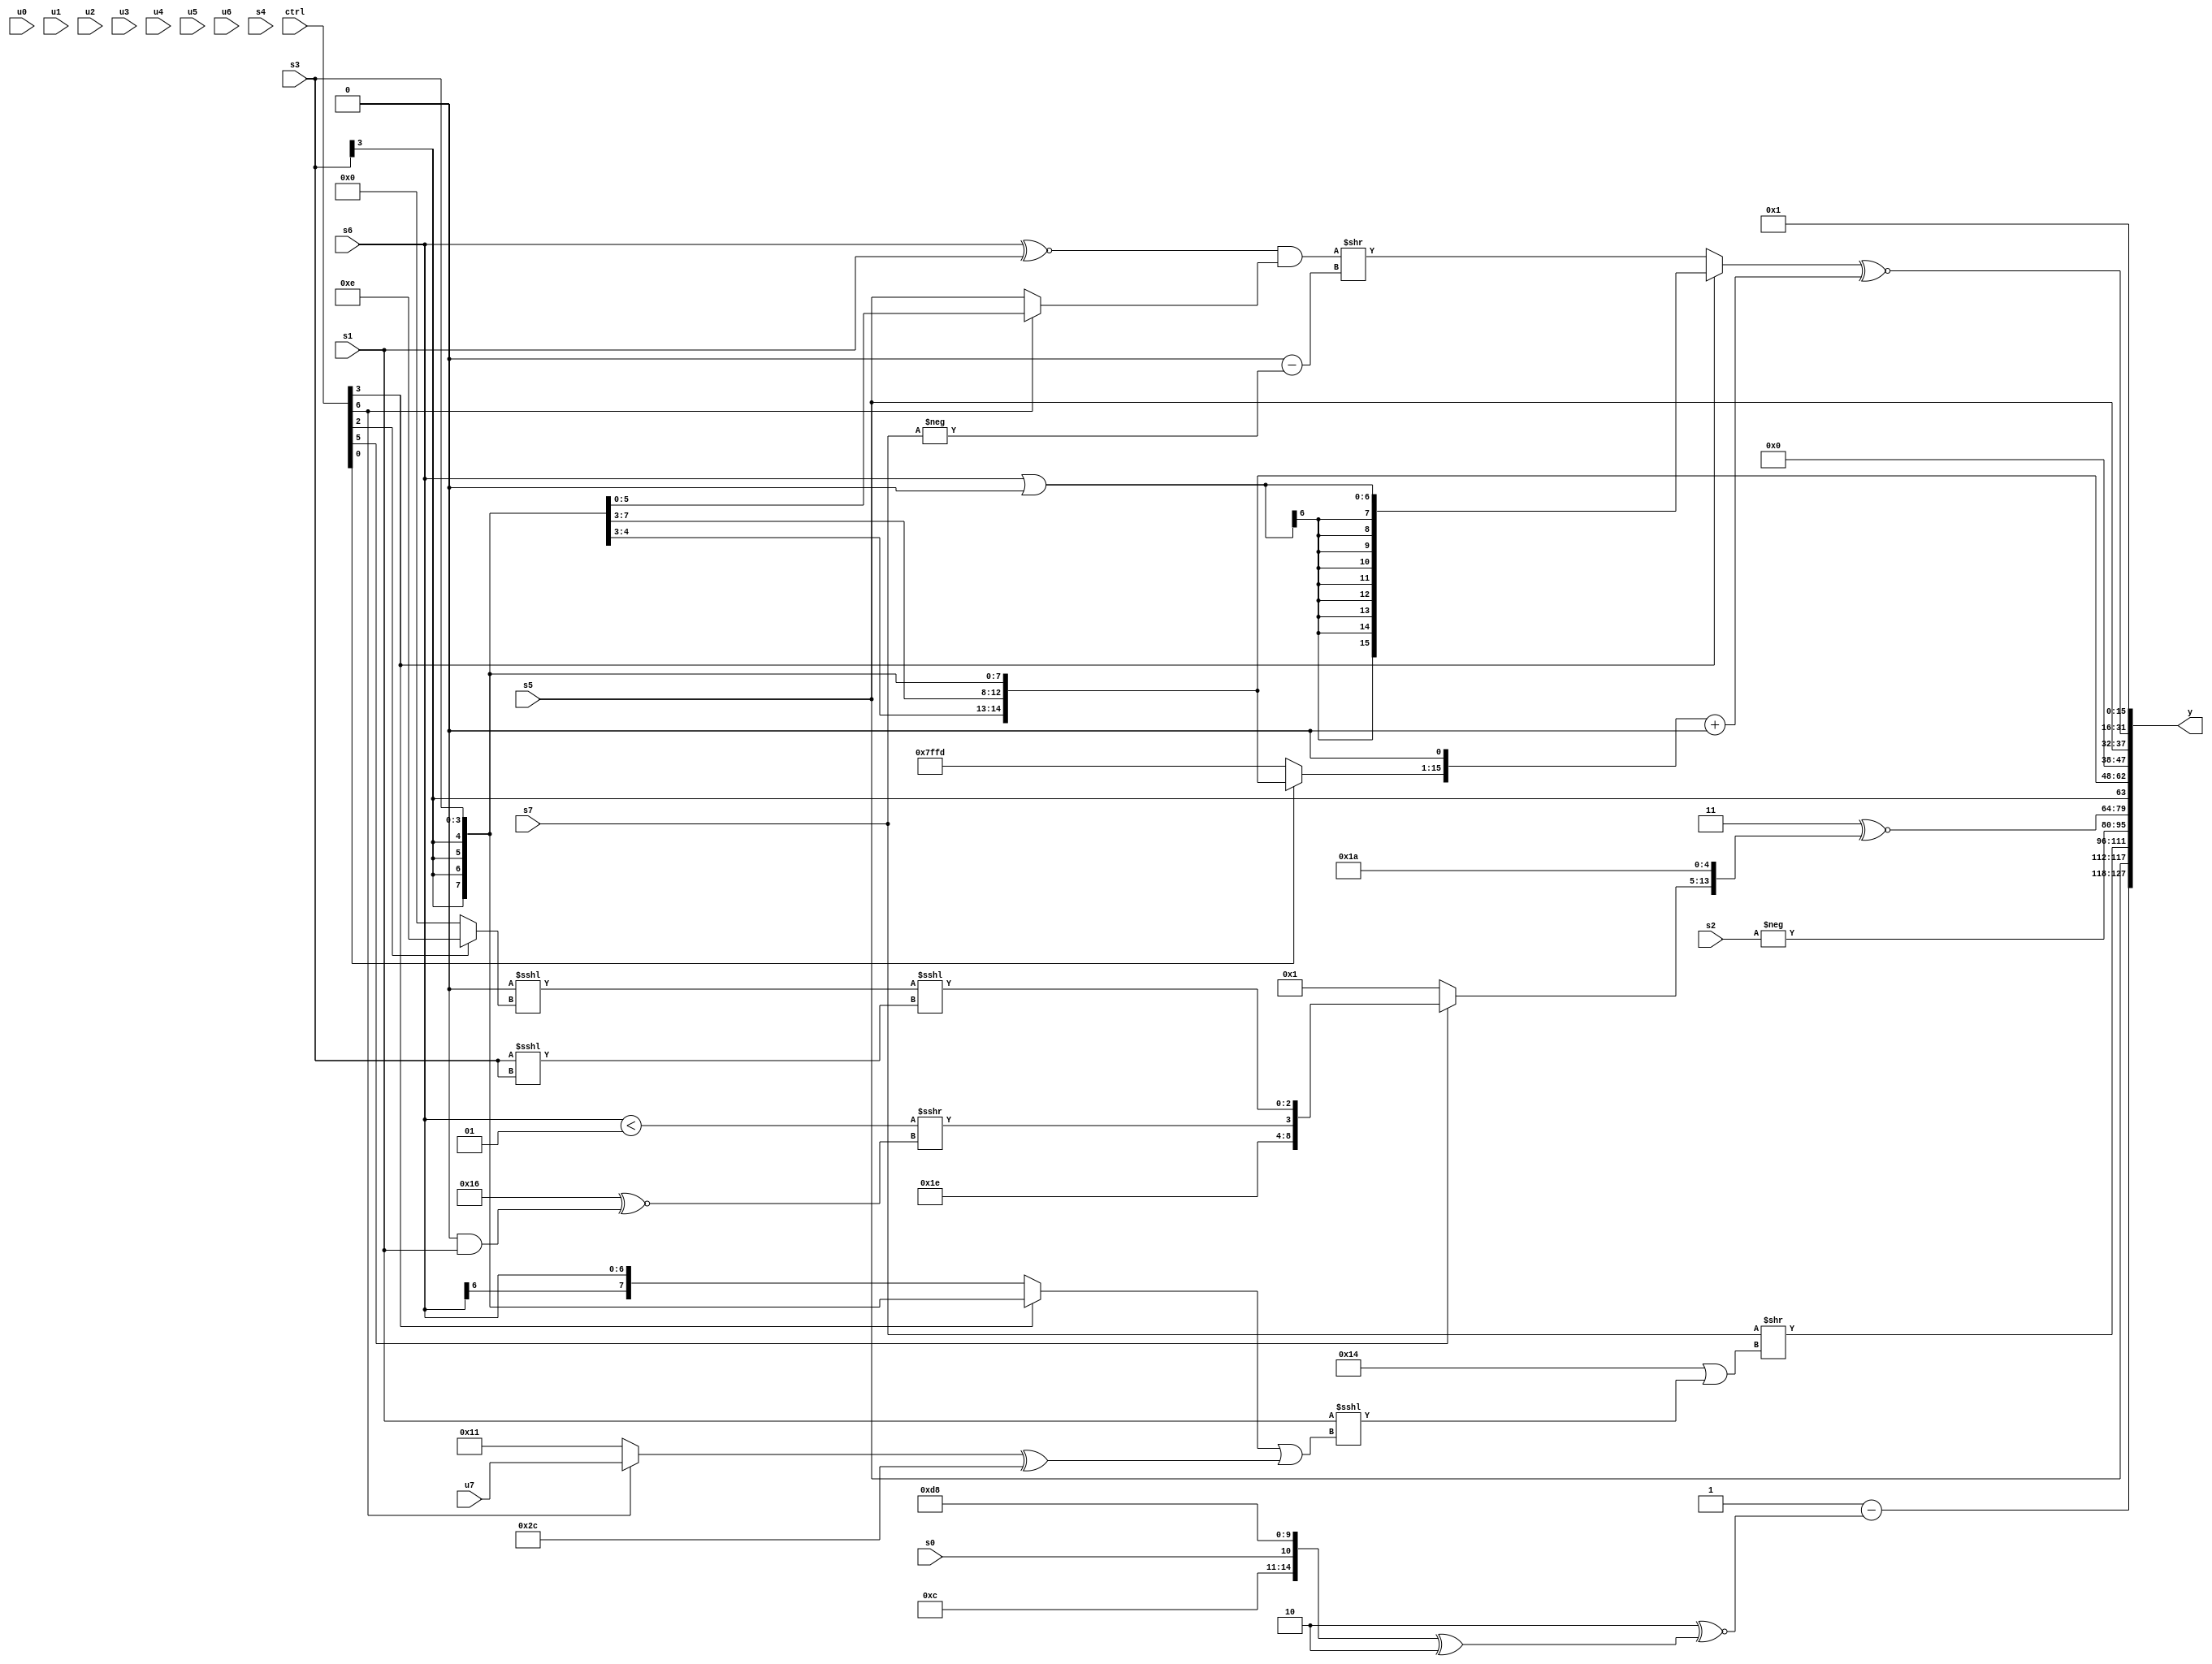
module wideexpr_00135(ctrl, u0, u1, u2, u3, u4, u5, u6, u7, s0, s1, s2, s3, s4, s5, s6, s7, y);
  input [7:0] ctrl;
  input [0:0] u0;
  input [1:0] u1;
  input [2:0] u2;
  input [3:0] u3;
  input [4:0] u4;
  input [5:0] u5;
  input [6:0] u6;
  input [7:0] u7;
  input signed [0:0] s0;
  input signed [1:0] s1;
  input signed [2:0] s2;
  input signed [3:0] s3;
  input signed [4:0] s4;
  input signed [5:0] s5;
  input signed [6:0] s6;
  input signed [7:0] s7;
  output [127:0] y;
  wire [15:0] y0;
  wire [15:0] y1;
  wire [15:0] y2;
  wire [15:0] y3;
  wire [15:0] y4;
  wire [15:0] y5;
  wire [15:0] y6;
  wire [15:0] y7;
  assign y = {y0,y1,y2,y3,y4,y5,y6,y7};
  assign y0 = {({1{4'sb0001}})-({1{({3'sb010})^~(({3'b001,{3'b100,s0,4'sb0011},6'sb011000})^(2'b10))}}),s5};
  assign y1 = (s7)>>((5'b10100)|((s1)<<<((+((ctrl[3]?s3:$signed(s6))))|(($signed((ctrl[6]?u7:5'b10001)))^(6'sb101100)))));
  assign y2 = -(s2);
  assign y3 = (3'b011)^~({(ctrl[5]?{{(~(3'sb001))>>>(4'sb1000),$signed(2'b10),(($signed(s6))<((ctrl[2]?3'sb001:3'sb001)))>>>((-(6'sb101010))^~((2'sb00)&(s1))),((+(3'sb000))<<<((ctrl[2]?4'sb1110:1'sb0)))<<<({(s3)<<<(s3)})}}:$signed(+($signed(+($unsigned(1'sb1)))))),2'sb11,3'sb010});
  assign y4 = s3;
  assign y5 = $unsigned(s5);
  assign y6 = ((ctrl[3]?($signed($signed(s6)))|($signed((ctrl[3]?4'sb0000:1'sb0))):(((s6)^~(s1))&((ctrl[6]?s3:s5)))>>(((6'sb001100)<<(3'sb111))-(-(s7)))))^~((((ctrl[0]?$signed(s3):3'sb101))<<<(1'sb1))+(2'sb00));
  assign y7 = 2'sb01;
endmodule